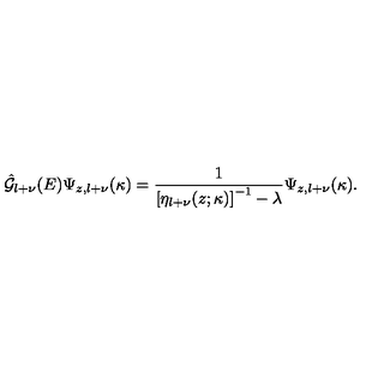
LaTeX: \hat { { \mathcal G } } _ { l + \nu } ( E ) \Psi _ { z , l + \nu } ( \kappa ) = \frac { 1 } { \left[ \eta _ { l + \nu } ( z ; \kappa ) \right] ^ { - 1 } - \lambda } \Psi _ { z , l + \nu } ( \kappa ) .